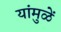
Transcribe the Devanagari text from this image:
यांमुळें